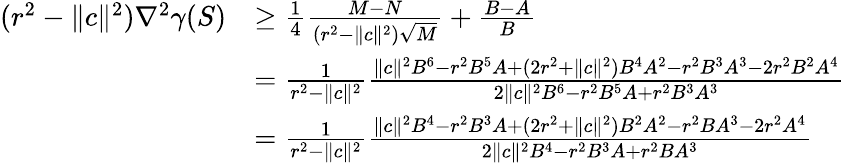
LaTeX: \begin{array}{rl}{(r^{2}-\| c\| ^{2})\nabla^{2}\gamma(S)}&{\geq\frac{1}{4}\frac{M-N}{(r^{2}-\| c\| ^{2})\sqrt{M}}+\frac{B-A}{B}}\\ &{=\frac{1}{r^{2}-\| c\| ^{2}}\frac{\| c\| ^{2}B^{6}-r^{2}B^{5}A+(2r^{2}+\| c\| ^{2})B^{4}A^{2}-r^{2}B^{3}A^{3}-2r^{2}B^{2}A^{4}}{2\| c\| ^{2}B^{6}-r^{2}B^{5}A+r^{2}B^{3}A^{3}}}\\ &{=\frac{1}{r^{2}-\| c\| ^{2}}\frac{\| c\| ^{2}B^{4}-r^{2}B^{3}A+(2r^{2}+\| c\| ^{2})B^{2}A^{2}-r^{2}BA^{3}-2r^{2}A^{4}}{2\| c\| ^{2}B^{4}-r^{2}B^{3}A+r^{2}BA^{3}}}\end{array}